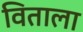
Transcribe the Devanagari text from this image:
विताला